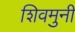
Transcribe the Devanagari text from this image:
शिवमुनी